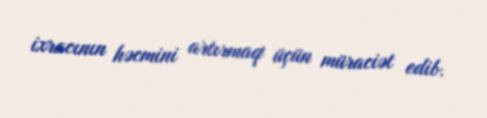
ixracının həcmini artırmaq üçün müraciət edib.